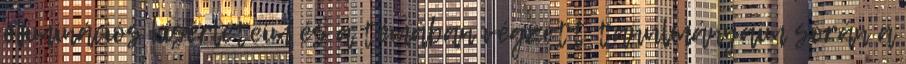
eliminációs kísérleteim és a témában végzett tanulmányaim során a